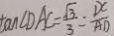
\tan \angle D A C = \frac { \sqrt { 3 } } { 3 } = \frac { D C } { A D }